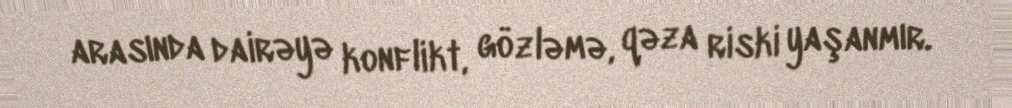
arasında dairəyə konflikt, gözləmə, qəza riski yaşanmır.